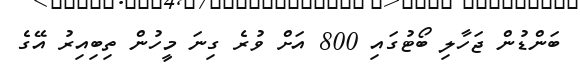
ބަންޑުން ޖަހާލި ބޯޓުގައި 800 އަށް ވުރެ ގިނަ މީހުން ތިބިއިރު އޭގެ